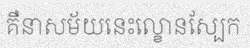
គឺនាសម័យនេះល្ខោនស្បែក